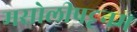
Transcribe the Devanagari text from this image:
मसोलीपट्टनम